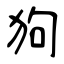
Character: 狗